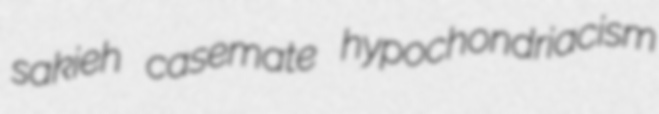
sakieh casemate hypochondriacism